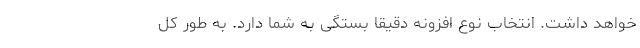
خواهد داشت. انتخاب نوع افزونه دقیقا بستگی به شما دارد. به طور کل